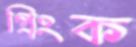
প্রিংক